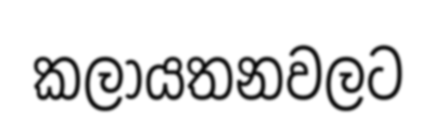
කලායතනවලට